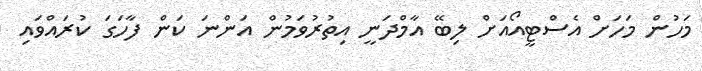
މަހުން މަހަށް އެސްޓީއޯއަށް ލިބޭ އާމްދަނީ އިތުރުވަމުން އަންނަ ކަން ފާހަގަ ކުރައްވައި